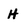
Character: H